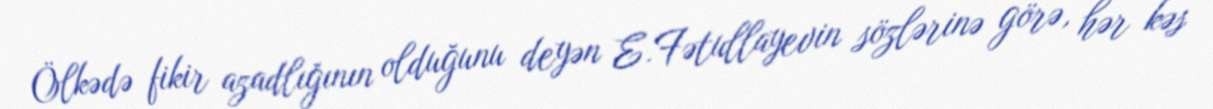
Ölkədə fikir azadlığının olduğunu deyən E.Fətullayevin sözlərinə görə, hər kəs